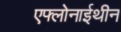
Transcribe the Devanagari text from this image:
एफ्लोनाईथीन